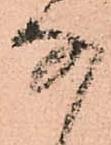
な